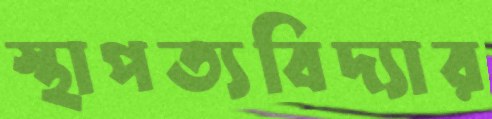
স্থাপত্যবিদ্যার